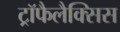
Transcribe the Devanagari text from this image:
ट्रॉफैलैक्सिस